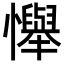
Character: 𢤫